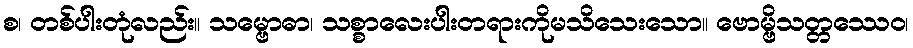
စ၊ တစ်ပါးတုံလည်း။ သမ္ဗောဓာ၊ သစ္စာလေးပါးတရားကိုမသိသေးသော။ ဗောမ္ဗိသတ္တဿေဝ၊